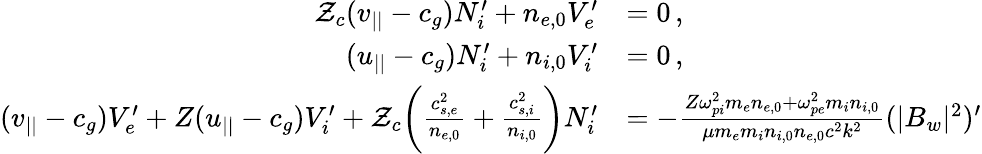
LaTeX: \begin{array}{rl}{\mathcal{Z}_{c}(v_{||}-c_{g})N_{i}^{\prime}+n_{e,0}V_{e}^{\prime}}&{=0\, ,}\\ {(u_{||}-c_{g})N_{i}^{\prime}+n_{i,0}V_{i}^{\prime}}&{=0\, ,}\\ {(v_{||}-c_{g})V_{e}^{\prime}+Z(u_{||}-c_{g})V_{i}^{\prime}+\mathcal{Z}_{c}\bigg(\frac{c_{s,e}^{2}}{n_{e,0}}+\frac{c_{s,i}^{2}}{n_{i,0}}\bigg)N_{i}^{\prime}}&{=-\frac{Z\omega_{pi}^{2}m_{e}n_{e,0}+\omega_{pe}^{2}m_{i}n_{i,0}}{\mu m_{e}m_{i}n_{i,0}n_{e,0}c^{2}k^{2}}(|B_{w}|^{2})^{\prime}}\end{array}